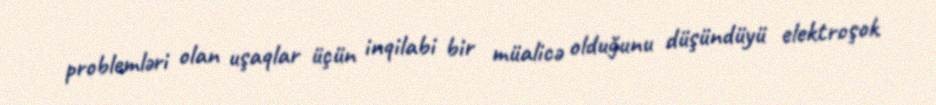
problemləri olan uşaqlar üçün inqilabi bir müalicə olduğunu düşündüyü elektroşok